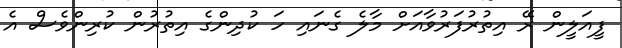
ފީއަލީން ރޭ އިތުރުފަރުވާއަށް މާލެ ގެނައި ހަ ކުދިންގެ އިތުރުން ކުރިންވެސް އެ